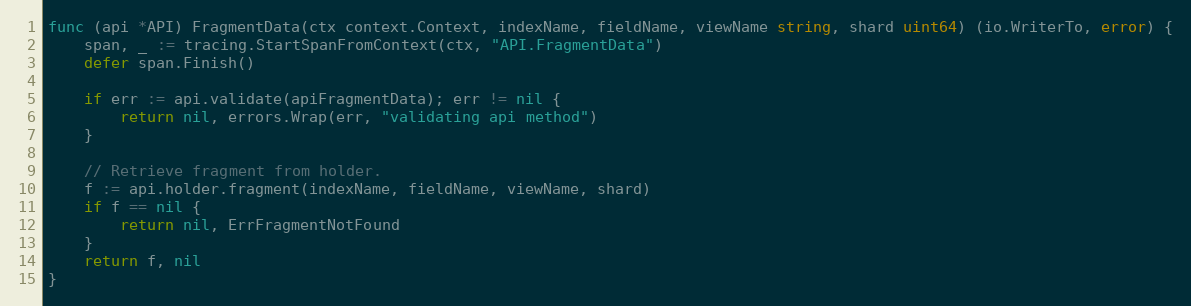
Language: Go
func (api *API) FragmentData(ctx context.Context, indexName, fieldName, viewName string, shard uint64) (io.WriterTo, error) {
	span, _ := tracing.StartSpanFromContext(ctx, "API.FragmentData")
	defer span.Finish()

	if err := api.validate(apiFragmentData); err != nil {
		return nil, errors.Wrap(err, "validating api method")
	}

	// Retrieve fragment from holder.
	f := api.holder.fragment(indexName, fieldName, viewName, shard)
	if f == nil {
		return nil, ErrFragmentNotFound
	}
	return f, nil
}